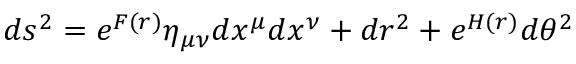
d s ^ { 2 } = e ^ { F ( r ) } \eta _ { \mu \nu } d x ^ { \mu } d x ^ { \nu } + d r ^ { 2 } + e ^ { H ( r ) } d \theta ^ { 2 }